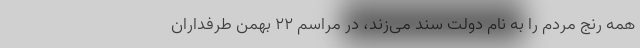
همه رنج مردم را به نام دولت سند می‌زند، در مراسم ۲۲ بهمن طرفداران